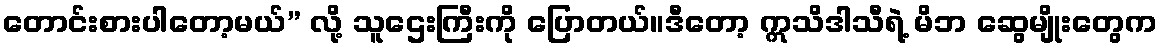
တောင်းစားပါတော့မယ်” လို့ သူဌေးကြီးကို ပြောတယ်။ဒီတော့ ဣသိဒါသီရဲ့ မိဘ ဆွေမျိုးတွေက